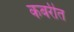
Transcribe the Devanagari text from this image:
कबरीत